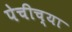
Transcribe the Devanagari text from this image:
पेचीच्या